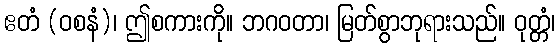
ဧတံ (ဝစနံ)၊ ဤစကားကို။ ဘဂဝတာ၊ မြတ်စွာဘုရားသည်။ ဝုတ္တံ၊